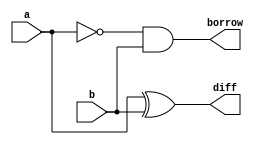
module hs(a, b, diff, borrow);
input a;
input b;
output diff;
output borrow;
assign borrow=(~a)&b;                           
assign diff=a^b;                             
endmodule